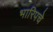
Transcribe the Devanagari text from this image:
भारिपचे